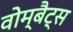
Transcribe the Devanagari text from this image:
वोम्बैट्स